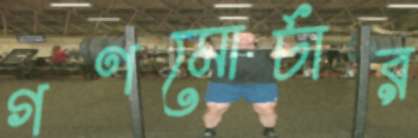
গণমোর্চার